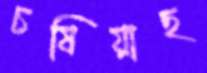
চষিয়াছ